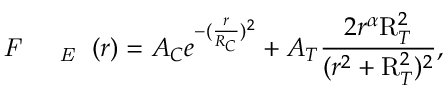
\textit { F } \textsubscript { ~ \textit { E } } ( r ) = A _ { C } e ^ { - ( \frac { r } { R _ { C } } ) ^ { 2 } } + A _ { T } \frac { 2 r ^ { \alpha } \mathrm { R } _ { T } ^ { 2 } } { ( r ^ { 2 } + \mathrm { R } _ { T } ^ { 2 } ) ^ { 2 } } ,